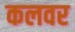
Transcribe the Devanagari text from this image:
कलवर